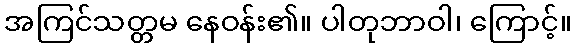
အကြင်သတ္တမ နေဝန်း၏။ ပါတုဘာဝါ၊ ကြောင့်။